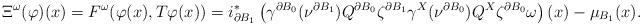
LaTeX: \begin{align*}\Xi^{\omega}(\varphi)(x)=F^{\omega}(\varphi(x),T\varphi(x))= i_{\partial B_1}^*\left(\gamma^{\partial B_0}(\nu^{\partial B_1})Q^{\partial B_0}\zeta^{\partial B_1}\gamma^{X}(\nu^{\partial B_0})Q^{X}\zeta^{\partial B_0}\omega\right)(x)-\mu_{B_1}(x).\end{align*}